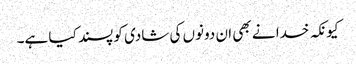
کیونکہ خدا نے بھی ان دونوں کی شادی کو پسند کیا ہے۔